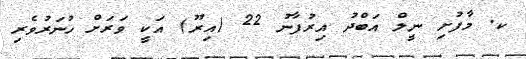
ކ. މާފުށި ނީލް އަބްދު އިރުފާނު 22 (އިރޫ) އަކީ ވަރަށް ހުނަރުވެރި